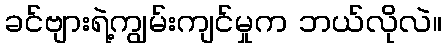
ခင်ဗျားရဲ့ကျွမ်းကျင်မှုက ဘယ်လိုလဲ။